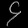
Digit: ၄